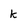
Character: k